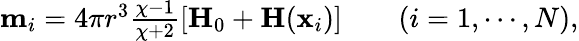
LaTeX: \begin{array}{r}{\textbf{m}_{i}=4\pi r^{3}\frac{\chi-1}{\chi+2}\left[\textbf{H}_{0}+\textbf{H}(\textbf{x}_{i})\right]\qquad(i=1,\cdots,N),}\end{array}